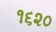
૧૬૨૦